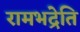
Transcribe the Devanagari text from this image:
रामभद्रेति